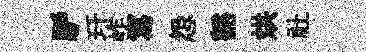
馿玕岞寫怨豁烘社